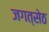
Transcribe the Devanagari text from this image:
जगत्सेठ